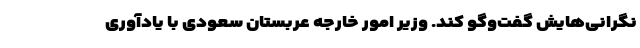
نگرانی‌هایش گفت‌وگو کند. وزیر امور خارجه عربستان سعودی با یادآوری